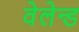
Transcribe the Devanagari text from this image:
वेलेन्ड